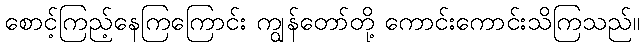
စောင့်ကြည့်နေကြကြောင်း ကျွန်တော်တို့ ကောင်းကောင်းသိကြသည်။